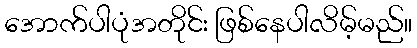
အောက်ပါပုံအတိုင်း ဖြစ်နေပါလိမ့်မည်။